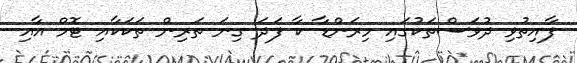
ފާއިތުވި ދުވަސްތަކުގައި މިރަންޑާ ކާ ފަދަ ގިނަ ތަރިން ތަކަކާއި ޓޮމް އާއި